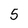
Character: 5